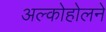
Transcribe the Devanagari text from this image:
अल्कोहोलने